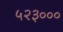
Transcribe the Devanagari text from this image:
५२३०००